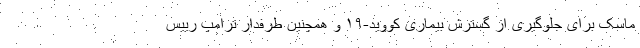
ماسک برای جلوگیری از گسترش بیماری کووید-۱۹ و همچنین طرفدار ترامپ رییس